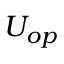
U _ { o p }